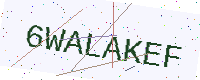
Text: 6WALAKEF